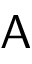
\mathsf { A }